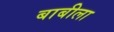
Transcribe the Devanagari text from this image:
बाबीला